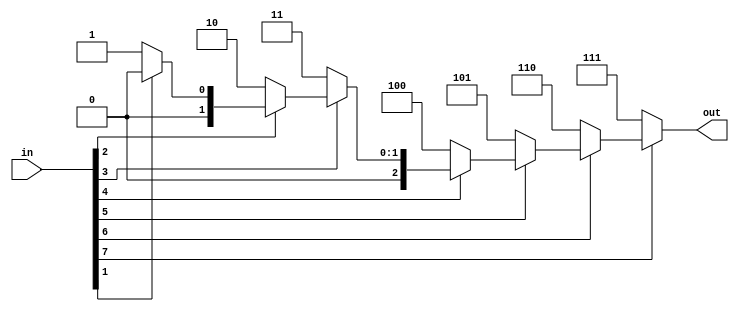
// 
//
// Copyright (c) 2019 Authors of "Buffets: An Efficient and Composable Storage Idiom for Explicit Decoupled Data
// Orchestration".
//
// Permission is hereby granted, free of charge, to any person obtaining a copy of this software and associated
// documentation files (the "Software"), to deal in the Software without restriction, including without limitation the
// rights to use, copy, modify, merge, publish, distribute, sublicense, and/or sell copies of the Software, and to
// permit persons to whom the Software is furnished to do so, subject to the following conditions:
//
// The above copyright notice and this permission notice shall be included in all copies or substantial portions of the
// Software.
//
// THE SOFTWARE IS PROVIDED "AS IS", WITHOUT WARRANTY OF ANY KIND, EXPRESS OR IMPLIED, INCLUDING BUT NOT LIMITED TO THE
// WARRANTIES OF MERCHANTABILITY, FITNESS FOR A PARTICULAR PURPOSE AND NONINFRINGEMENT. IN NO EVENT SHALL THE AUTHORS OR
// COPYRIGHT HOLDERS BE LIABLE FOR ANY CLAIM, DAMAGES OR OTHER LIABILITY, WHETHER IN AN ACTION OF CONTRACT, TORT OR
// OTHERWISE, ARISING FROM, OUT OF OR IN CONNECTION WITH THE SOFTWARE OR THE USE OR OTHER DEALINGS IN THE SOFTWARE.



// TODO: Make these parametrizable
module priorityEncoder
			(
			in,
			out
			);

parameter 	WIDTH = 8;
localparam  OWIDTH = $clog2(WIDTH);

input 	[WIDTH-1:0]		in;
output 	[OWIDTH-1:0]	out;

wire    [OWIDTH-1:0]    temp [WIDTH:0];

// We assume this is the index
assign temp[0] = 0;

genvar i;
generate
    //Go through every bit
    for(i=0; i<WIDTH; i=i+1) begin : PRIENC
        // If we find a 0 (empty slot), then store i, else propogate
        assign temp[i+1] = (in[i]==1'b0) ? i : temp[i]; 
    end
endgenerate

assign out = temp[WIDTH];

endmodule